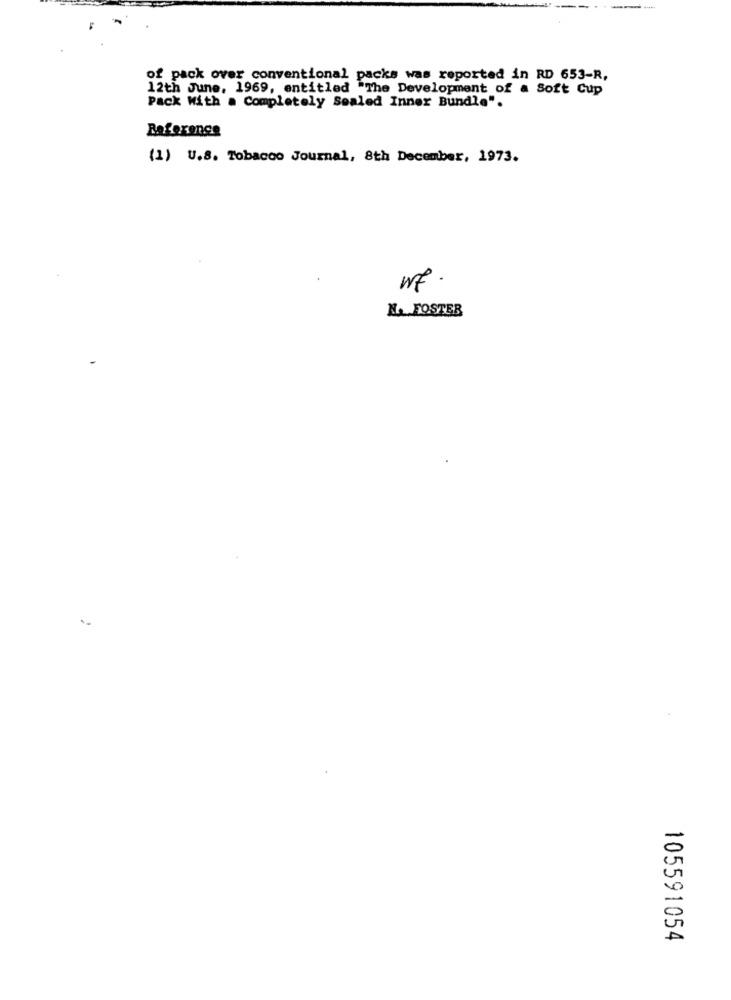
of pack over conventional packs was reported in RD 653-R,
12th June, 1969, entitled "The Development of a Soft Cup
Pack With a Completely Sealed Inner Bundle".
Reference
(1) U.S. Tobacco Journal, 8th December, 1973.
wf.
NA FOSTER
105591054